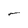
Character: l